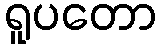
ရူပတော